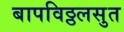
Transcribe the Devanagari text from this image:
बापविठ्ठलसुत